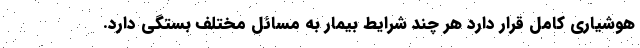
هوشیاری کامل قرار دارد هر چند شرایط بیمار به مسائل مختلف بستگی دارد.